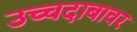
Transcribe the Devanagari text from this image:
उच्चदाबावर